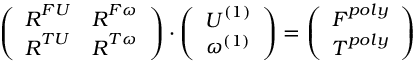
\left( \begin{array} { c c } { \boldsymbol { R } ^ { F U } } & { \boldsymbol { R } ^ { F \omega } } \\ { \boldsymbol { R } ^ { T U } } & { \boldsymbol { R } ^ { T \omega } } \end{array} \right) \cdot \left( \begin{array} { c } { \boldsymbol { U } ^ { ( 1 ) } } \\ { \omega ^ { ( 1 ) } } \end{array} \right) = \left( \begin{array} { c } { \boldsymbol { F } ^ { p o l y } } \\ { \boldsymbol { T } ^ { p o l y } } \end{array} \right)